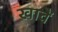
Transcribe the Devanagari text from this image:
खावैं